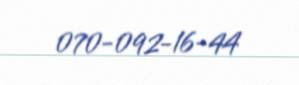
070-092-16-44